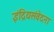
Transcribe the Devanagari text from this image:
इंद्रियसंवेदना